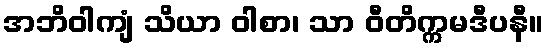
အဘိဝါကျံ သိယာ ဝါစာ၊ သာ ဝီတိက္ကမဒီပနီ။